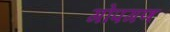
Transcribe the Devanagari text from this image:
गोपगण